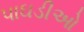
પાઘડીઓ